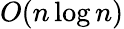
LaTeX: O(n\log n)